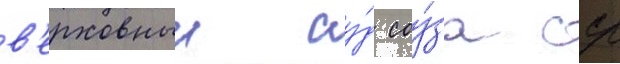
в'ерховныи су́д соу́за сср